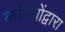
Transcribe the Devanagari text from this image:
कवियोंद्वारा